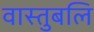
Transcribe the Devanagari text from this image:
वास्तुबलि